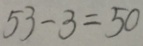
5 3 - 3 = 5 0